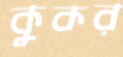
কুকর